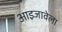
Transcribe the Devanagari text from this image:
आइजावेला